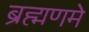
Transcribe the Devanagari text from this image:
ब्रह्मणमे